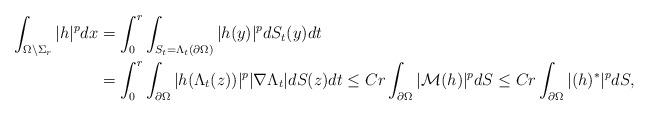
LaTeX: \begin{align*}\begin{aligned} \int_{\Omega\setminus\Sigma_r} |h|^p dx &= \int_0^r\int_{S_t=\Lambda_{t}(\partial\Omega)} |h(y)|^p dS_t(y)dt \\ & = \int_0^r\int_{\partial\Omega} |h(\Lambda_t(z))|^p |\nabla\Lambda_{t}|dS(z)dt \leq Cr\int_{\partial\Omega} |\mathcal{M}(h)|^p dS \leq Cr\int_{\partial\Omega} |(h)^{*}|^p dS,\end{aligned}\end{align*}